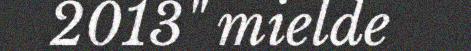
2013" mielde